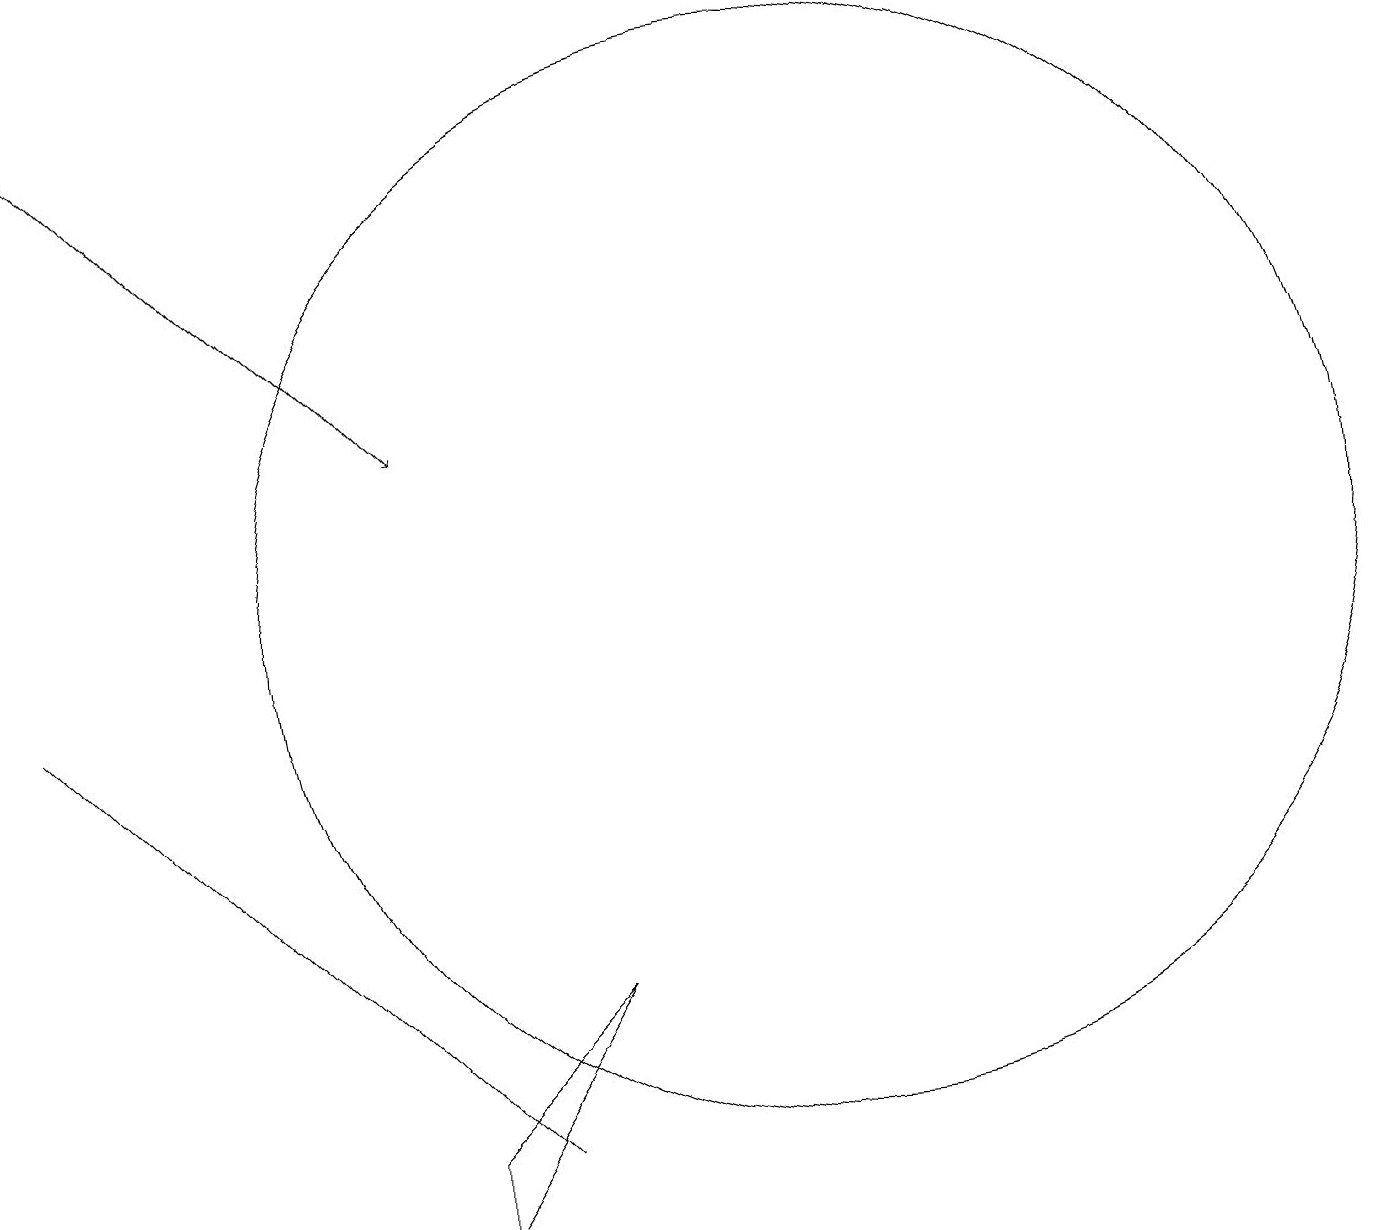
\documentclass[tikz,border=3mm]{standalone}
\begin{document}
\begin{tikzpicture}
\draw (5,3) -- (7,5) -- (5,2) -- cycle;
\draw[->] (0,17) -- (5,12);
\draw (6,3) -- (6,3) -- (0,9) -- cycle;
\draw (10,10) circle (7);
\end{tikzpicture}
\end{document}